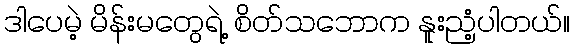
ဒါပေမဲ့ မိန်းမတွေရဲ့ စိတ်သဘောက နူးညံ့ပါတယ်။